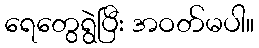
ရေတွေရွဲပြီး အဝတ်မပါ။